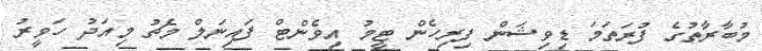
މުބާރާތުގެ ފުރަތަމަ ޑިވިޝަން ފިރިހެން ޓީމު އިވެންޓް ފައިނަލް މެޗު މިއަދު ހަވީރު